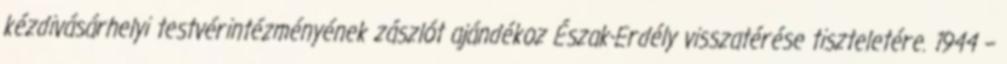
kézdivásárhelyi testvérintézményének zászlót ajándékoz Észak-Erdély visszatérése tiszteletére. 1944 –